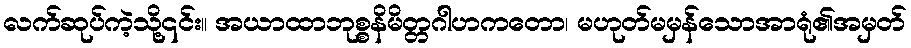
လက်ဆုပ်ကဲ့သို့၎င်း။ အယာထာဘုစ္စနိမိတ္တဂါဟကတော၊ မဟုတ်မမှန်သောအာရုံ၏အမှတ်